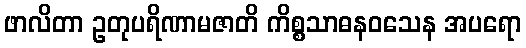
ဖာလိတာ ဥတုပရိဏာမဇာတိ ကိစ္စသာဓနဝသေန အပရော